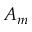
A _ { m }